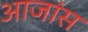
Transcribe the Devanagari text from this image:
आजांस